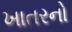
ખાતરનો